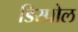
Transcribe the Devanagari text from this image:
डिस्प्रोल